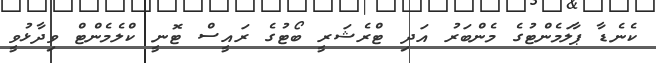
ކެނެޑާ ޕާލަމެންޓުގެ މެންބަރު އަދި ޓްރެޝަރީ ބޯޓުގެ ރައީސް ޓޮނީ ކްލެމެންޓް ވިދާޅުވީ